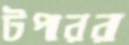
টপাররা